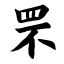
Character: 罘